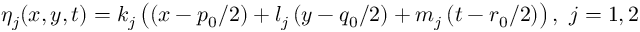
\eta _ { j } ( x , y , t ) = k _ { j } \left( \left( x - { p _ { 0 } } / { 2 } \right) + l _ { j } \left( y - { q _ { 0 } } / { 2 } \right) + m _ { j } \left( t - { r _ { 0 } } / { 2 } \right) \right) , ~ j = 1 , 2